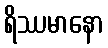
ရိဿမာနော